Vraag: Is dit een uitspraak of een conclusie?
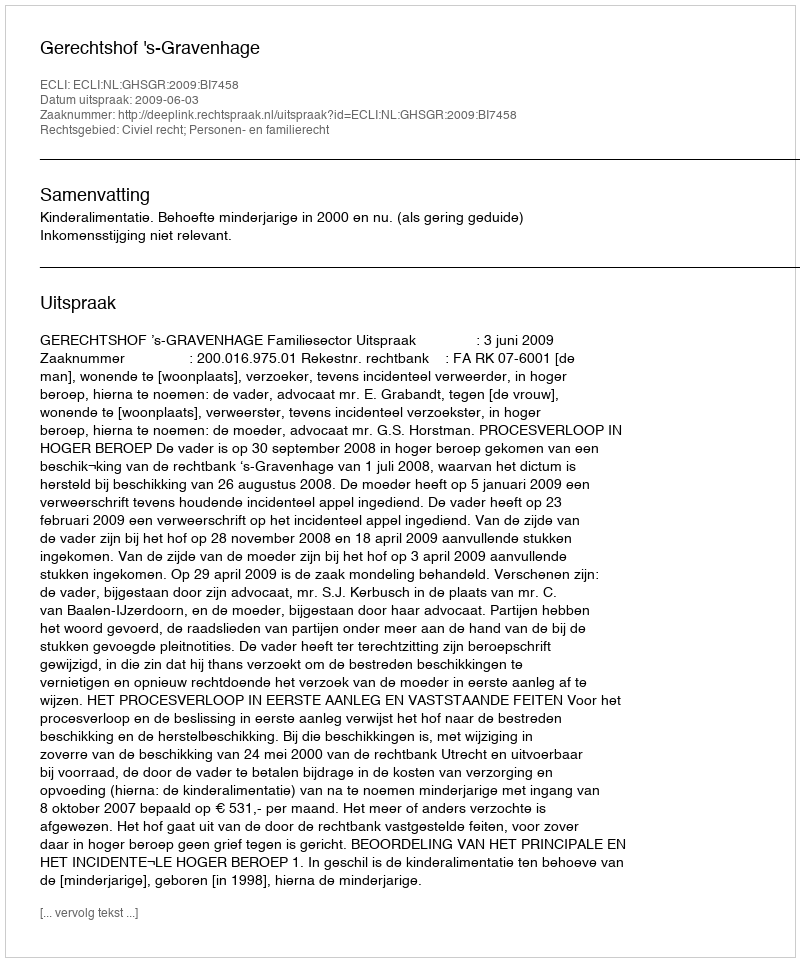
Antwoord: Uitspraak